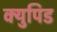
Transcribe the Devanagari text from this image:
क्युपिड